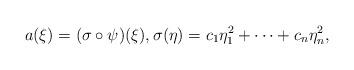
LaTeX: \begin{align*}a(\xi)=(\sigma\circ\psi)(\xi),\sigma(\eta)=c_1\eta_1^2+\cdots+c_n\eta_n^2,\end{align*}